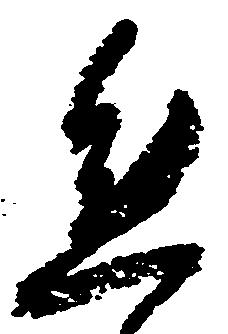
態